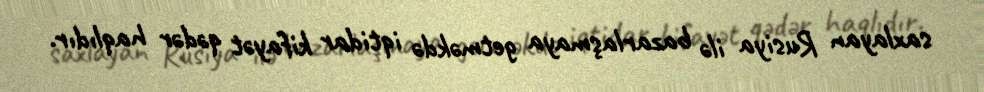
saxlayan Rusiya ilə bazarlaşmaya getməkdə iqtidar kifayət qədər haqlıdır.